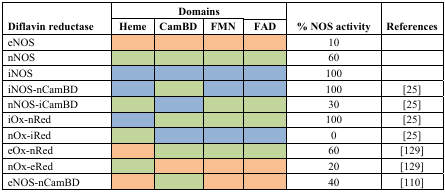
<table><thead><tr><td rowspan="2"><b>Diflavin reductase</b></td><td colspan="4"><b>Domains</b></td><td rowspan="2"><b>% NOS activity</b></td><td rowspan="2"><b>References</b></td></tr><tr><td><b>Heme</b></td><td><b>CamBD</b></td><td><b>FMN</b></td><td><b>FAD</b></td></tr></thead><tbody><tr><td>eNOS</td><td></td><td></td><td></td><td></td><td>10</td><td></td></tr><tr><td>nNOS</td><td></td><td></td><td></td><td></td><td>60</td><td></td></tr><tr><td>iNOS</td><td></td><td></td><td></td><td></td><td>100</td><td></td></tr><tr><td>iNOS-nCamBD</td><td></td><td></td><td></td><td></td><td>100</td><td>[25]</td></tr><tr><td>nNOS-iCamBD</td><td></td><td></td><td></td><td></td><td>30</td><td>[25]</td></tr><tr><td>iOx-nRed</td><td></td><td></td><td></td><td></td><td>100</td><td>[25]</td></tr><tr><td>nOx-iRed</td><td></td><td></td><td></td><td></td><td>0</td><td>[25]</td></tr><tr><td>eOx-nRed</td><td></td><td></td><td></td><td></td><td>60</td><td>[129]</td></tr><tr><td>nOx-eRed</td><td></td><td></td><td></td><td></td><td>20</td><td>[129]</td></tr><tr><td>eNOS-nCamBD</td><td></td><td></td><td></td><td></td><td>40</td><td>[110]</td></tr></tbody></table>